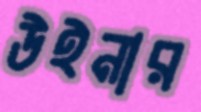
উইনার